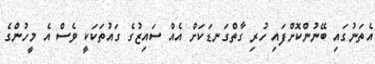
އެތަނުގައި ބޭނުންކޮށްފައި ހުރި ގާތްގަނޑަކަށް އެއް ސައިޒުގެ ގައުތަކަކީ ވެސް އެ މީހުންގެ